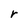
Character: r